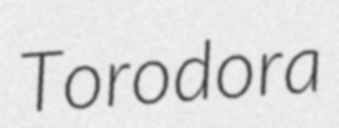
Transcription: Torodora